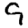
Digit: 9